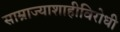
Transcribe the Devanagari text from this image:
साम्राज्याशाहीविरोधी